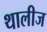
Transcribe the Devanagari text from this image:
थालीज